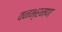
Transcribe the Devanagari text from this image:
वनभ्रमण